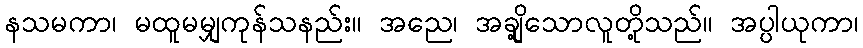
နသမကာ၊ မထူမမျှကုန်သနည်း။ အညေ၊ အချို့သောလူတို့သည်။ အပ္ပါယုကာ၊